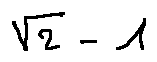
\sqrt { 2 } - 1